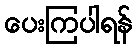
ပေးကြပါရန်